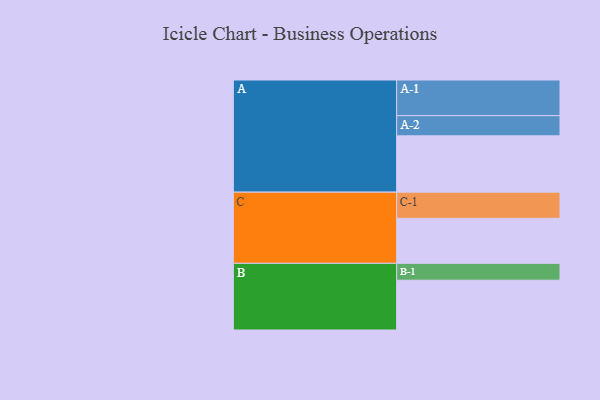
{"axis": {"x": "Segment", "y": "Value"}, "legend": ["", "A", "B", "C"], "data": [{"x": "A", "y": 458, "type": ""}, {"x": "B", "y": 405, "type": ""}, {"x": "C", "y": 366, "type": ""}, {"x": "A-1", "y": 290, "type": "A"}, {"x": "A-2", "y": 164, "type": "A"}, {"x": "B-1", "y": 137, "type": "B"}, {"x": "C-1", "y": 213, "type": "C"}]}